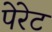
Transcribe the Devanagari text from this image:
पेरेट